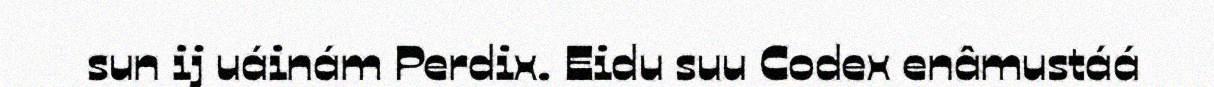
sun ij uáinám Perdix. Eidu suu Codex enâmustáá